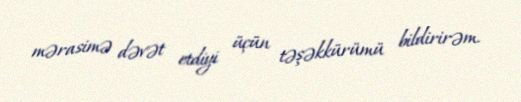
mərasimə dəvət etdiyi üçün təşəkkürümü bildirirəm.